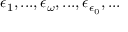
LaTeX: \epsilon _ { 1 } , . . . , \epsilon _ { \omega } , . . . , \epsilon _ { \epsilon _ { 0 } } , . . .